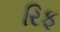
રિફ